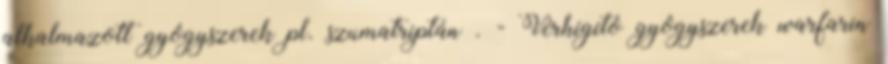
alkalmazott gyógyszerek pl. szumatriptán . - Vérhígító gyógyszerek warfarin